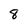
Character: 8